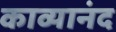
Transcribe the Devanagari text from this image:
काव्यानंद